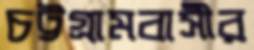
চট্টগ্রামবাসীর